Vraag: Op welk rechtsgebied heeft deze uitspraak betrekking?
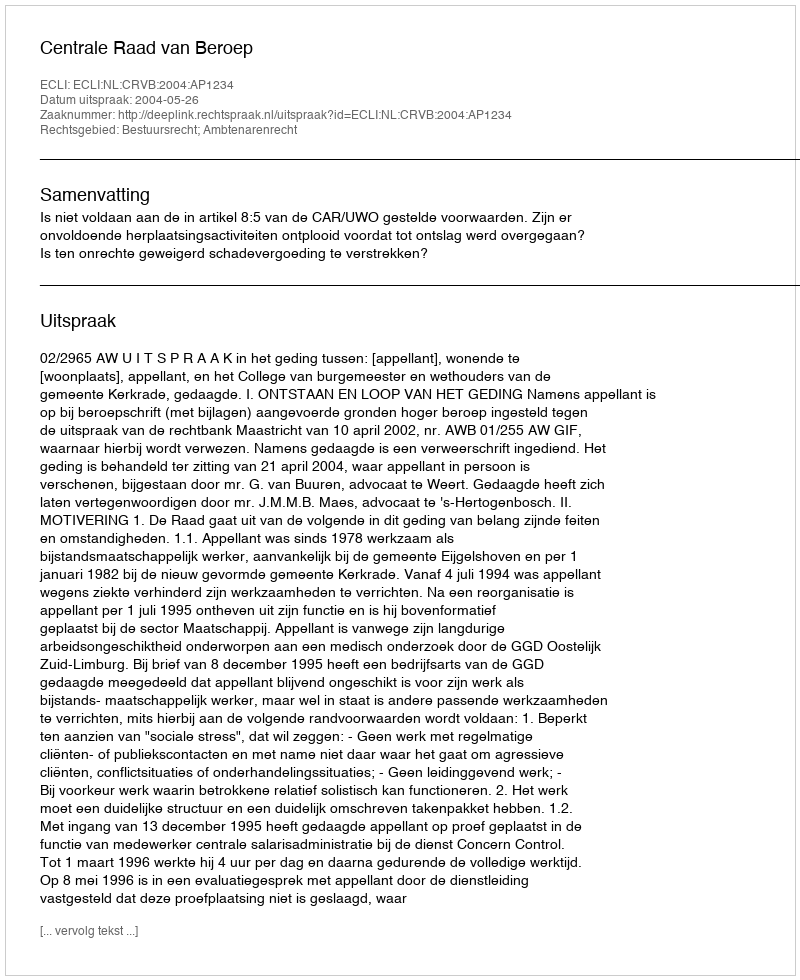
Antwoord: Bestuursrecht; Ambtenarenrecht